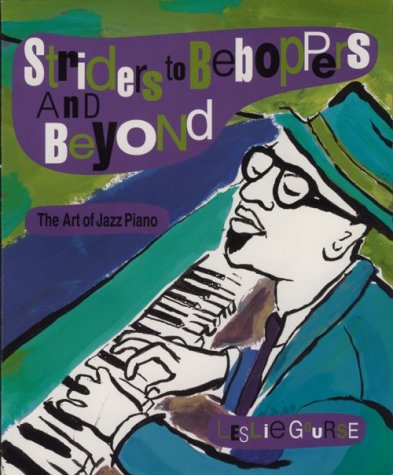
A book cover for Striders to Beboppers and Beyond: The Art of Jazz Piano; Leslie Gourse; Teen & Young Adult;